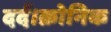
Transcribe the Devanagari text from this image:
दर्द।क्रोनिक